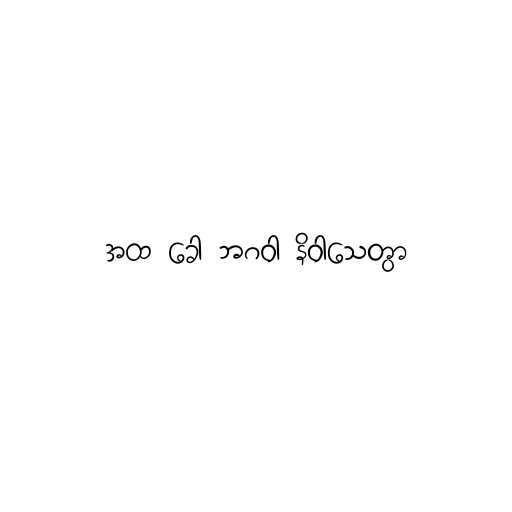
အထ ခေါ ဘဂဝါ နိဝါသေတွာ